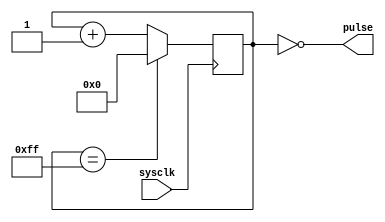
module clockdiv (input wire sysclk, output wire pulse);

parameter WIDTH=8;
parameter COUNT=2**WIDTH-1;
reg [(WIDTH-1):0] clockdiv = 0;

assign pulse=!clockdiv;

always @(posedge sysclk) begin
    if (clockdiv == COUNT) 
        clockdiv <= 0;
    else
        clockdiv <= clockdiv + 1;
end

endmodule